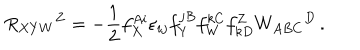
LaTeX: R _ { X Y W } { } ^ { Z } = - \frac 1 2 f _ { X } ^ { A i } \varepsilon _ { i j } f _ { Y } ^ { j B } f _ { W } ^ { k C } f _ { k D } ^ { Z } W _ { A B C } { } ^ { D } \, .